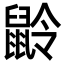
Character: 𪕌